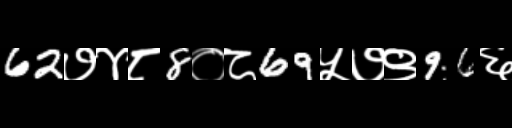
Text: 62७४८8०८69५७९96६